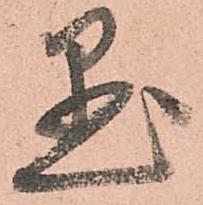
懸